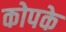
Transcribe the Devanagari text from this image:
कोपके